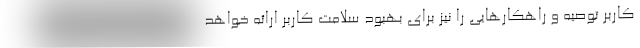
کاربر توصیه‌ و راهکارهایی را نیز برای بهبود سلامت کاربر ارائه خواهد